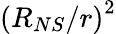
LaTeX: \left({R_{NS}}/{r}\right)^{2}